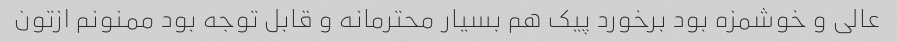
عالی و خوشمزه بود برخورد پیک هم بسیار محترمانه و قابل توجه بود ممنونم ازتون